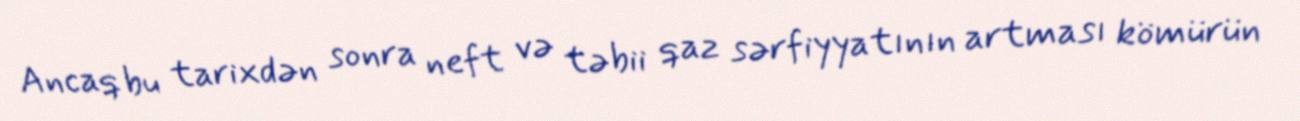
Ancaq bu tarixdən sonra neft və təbii qaz sərfiyyatının artması kömürün